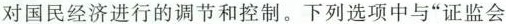
对国民经济进行的调节和控制。下列选项中与”证监会